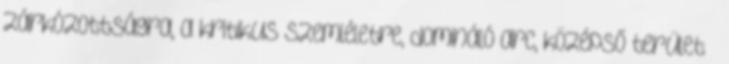
zárkózottságra, a kritikus szemléletre, domináló arc, középső terület –